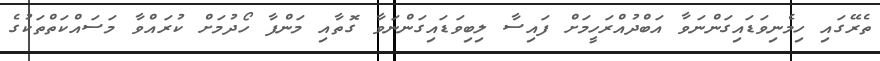
ތެރޭގައި ހިމެނިވަޑައިގަންނަވާ އަބްދުއްރަހީމަށް ފައިސާ ލިބިވަޑައިގަންނަވާ ގޮތާއި މަންފާ ހޯދުމަށް ކުރައްވާ މަސައްކަތްތަކުގެ